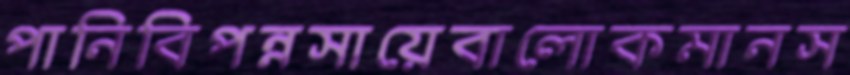
পানিবিপন্নসায়েবালোকমানস